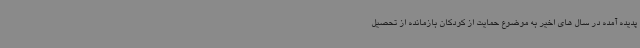
پدیده آمده در سال های اخیر به موضوع حمایت از کودکان بازمانده از تحصیل